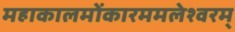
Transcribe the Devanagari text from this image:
महाकालमोंकारममलेश्वरम्